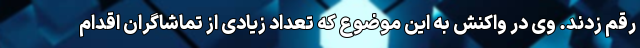
رقم زدند. وی در واکنش به این موضوع که تعداد زیادی از تماشاگران اقدام